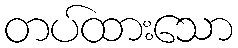
တပ်ထားသော